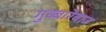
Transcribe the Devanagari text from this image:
गुब्बारेबाज